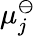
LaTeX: \mu_{j}^{\ominus}